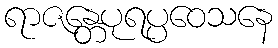
ရာဇန္တေပုရပ္ပဝေသနေ